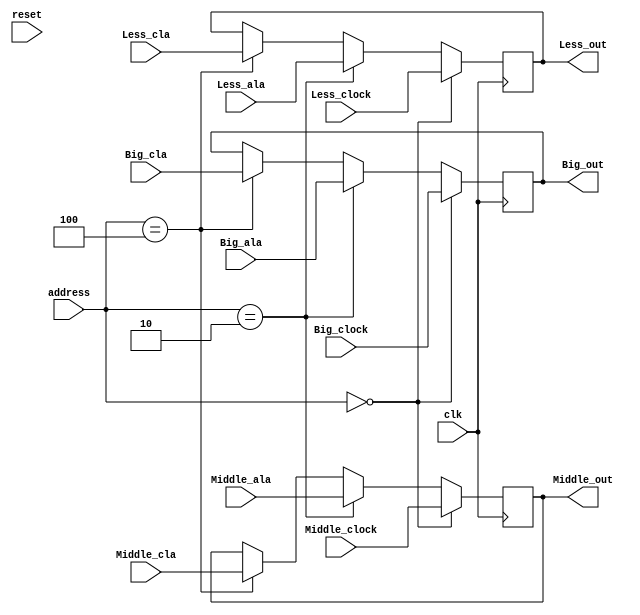
module distributor (clk,reset,Less_clock,Middle_clock,Big_clock,Less_cla,Middle_cla,Big_cla,Less_ala,Middle_ala,Big_ala,address,Less_out,Middle_out,Big_out);

input reset,clk;
input [6:0] Less_clock,Middle_clock,Big_clock,Less_cla,Middle_cla,Big_cla,Less_ala,Middle_ala,Big_ala;
output reg [6:0] Less_out,Middle_out,Big_out;
input [2:0]address;

always@ (posedge clk)
begin

if (address == 3'b000)
begin

Less_out <= Less_clock;
Middle_out <= Middle_clock;
Big_out <= Big_clock;

end 

else if (address == 3'b010)
begin

Less_out <= Less_ala;
Middle_out <= Middle_ala;
Big_out <= Big_ala;

end 


else if (address == 3'b100)
begin

Less_out <= Less_cla;
Middle_out <= Middle_cla;
Big_out <= Big_cla;

end 
end 
endmodule